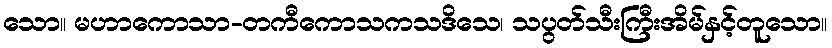
သော။ မဟာကောသာ-တကီကောသကသဒိသေ၊ သပွတ်သီးကြီးအိမ်နှင့်တူသော။